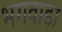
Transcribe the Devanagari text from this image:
भगवाड़ा